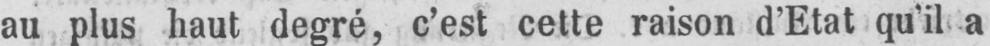
au plus haut degré, c’est cette raison d’Etat qu’il a